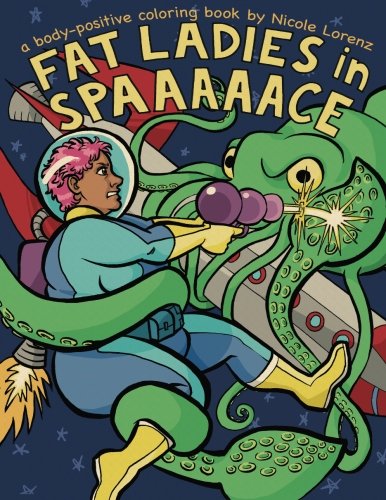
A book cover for Fat Ladies in Spaaaaace: a body-positive coloring book; Theo Nicole Lorenz; Crafts, Hobbies & Home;